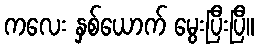
ကလေး နှစ်ယောက် မွေးပြီးပြီ။